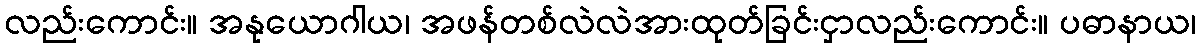
လည်းကောင်း။ အနုယောဂါယ၊ အဖန်တစ်လဲလဲအားထုတ်ခြင်းငှာလည်းကောင်း။ ပဓာနာယ၊